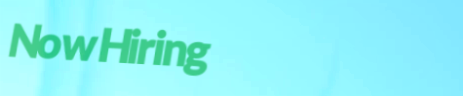
NowHiring